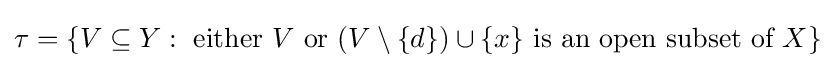
\tau =\{V\subseteq Y:{\text{ either }}V{\text{ or }}(V\setminus \{d\})\cup \{x\}{\text{ is an open subset of }}X\}